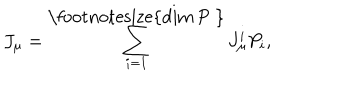
J _ { \mu } = \sum _ { i = 1 } ^ { \mathrm { \footnotesize { d i m ~ P ~ } } } J _ { \mu } ^ { i } P _ { i } ,